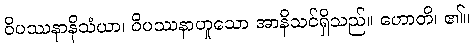
ဝိပဿနာနိသံယာ၊ ဝိပဿနာဟူသော အာနိသင်ရှိသည်။ ဟောတိ၊ ၏။